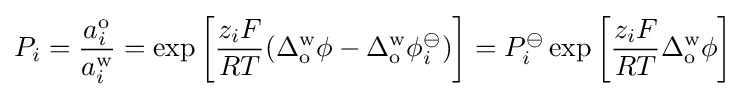
P_{i}={\frac {a_{i}^{\text{o}}}{a_{i}^{\text{w}}}}=\exp \left[{\frac {z_{i}F}{RT}}(\Delta _{\text{o}}^{\text{w}}\phi -\Delta _{\text{o}}^{\text{w}}\phi _{i}^{\ominus })\right]=P_{i}^{\ominus }\exp \left[{\frac {z_{i}F}{RT}}\Delta _{\text{o}}^{\text{w}}\phi \right]